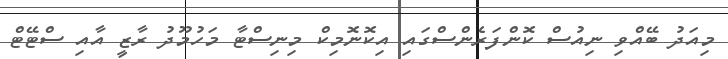
މިއަދު ބޭއްވި ނިއުސް ކޮންފަރެންސްގައި އިކޮނޮމިކް މިނިސްޓާ މަހުމޫދު ރާޒީ އާއި ސްޓޭޓް